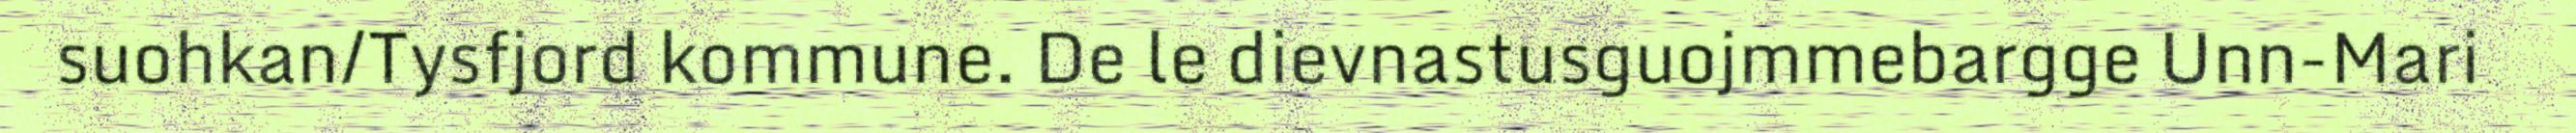
suohkan/Tysfjord kommune. De le dievnastusguojmmebargge Unn-Mari